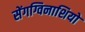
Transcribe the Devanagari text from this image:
सेंगग्विनाशियो